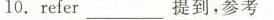
10.refer ___ 提到，参考